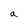
Character: a